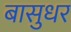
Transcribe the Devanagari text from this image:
बासुधर